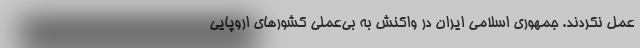
عمل نکردند. جمهوری اسلامی ایران در واکنش به بی‌عملی کشورهای اروپایی